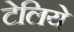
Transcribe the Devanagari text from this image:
टेलिये